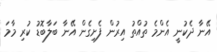
އޭނާ ދެކުނީ އެންމެ ތުއްތު އިރުން ފެށިގެން އޭނާ ބަލާބޮޑު ކުރި މާމަ